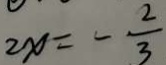
2 x = - \frac { 2 } { 3 }